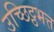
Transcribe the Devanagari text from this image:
उच्छिट्ठभत्त